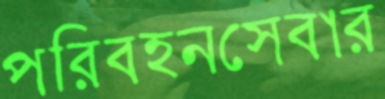
পরিবহনসেবার